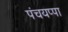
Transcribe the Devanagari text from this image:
पंचयप्पा